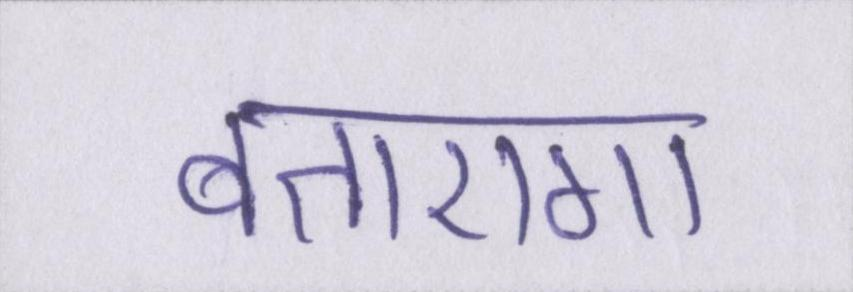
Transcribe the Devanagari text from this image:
बताएगा